Indian journal of veterinary science and animal husbandry - Volumes 26-27, 1956-1957
Year: 1956
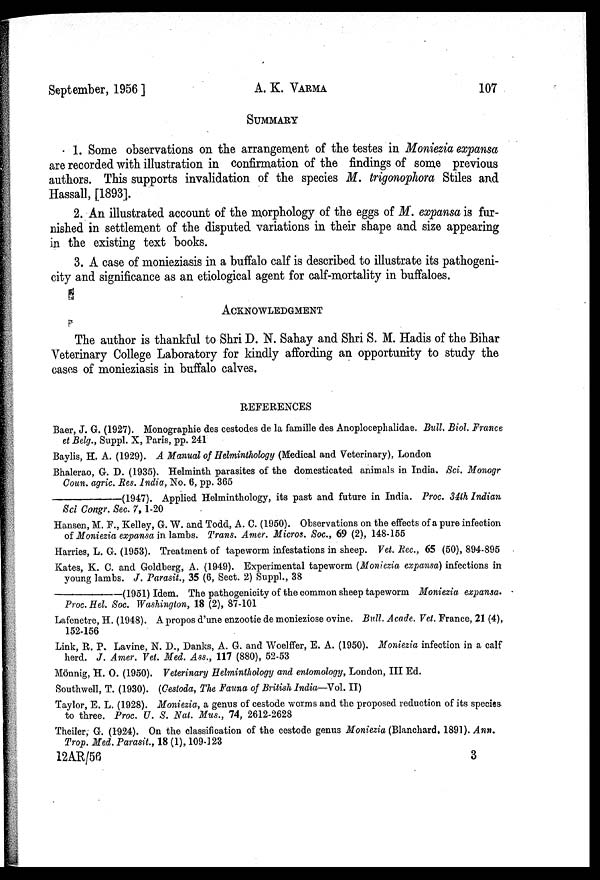
September, 1956 ]
A. K.
VARMA
107
SUMMARY
1. Some observations on the arrangement of the testes in Moniezia expansa
are recorded with illustration in confirmation of the findings of some previous
authors. This supports invalidation of the species M. trigonophora Stiles and
Hassall, [1893].
2. An illustrated account of the morphology of the eggs of M. expansa is fur-
nished in settlement of the disputed variations in their shape and size appearing
in the existing text books.
3. A case of monieziasis in a buffalo calf is described to illustrate its pathogeni-
city and significance as an etiological agent for calf-mortality in buffaloes.
ACKNOWLEDGMENT
The author is thankful to Shri D. N. Sahay and Shri S. M. Hadis of the Bihar
Veterinary College Laboratory for kindly affording an opportunity to study the
cases of monieziasis in buffalo calves.
REFERENCES
Baer, J. G. (1927). Monographie des cestodes de la famille des Anoplocephalidae. Bull. Biol. France
et Belg., Suppl. X, Paris, pp. 241
Baylis, H. A. (1929). A Manual of Helminthology (Medical and Veterinary), London
Bhalerao, G. D. (1935). Helminth parasites of the domesticated animals in India. Sci. Monogr
Coun. agric. Res. India, No. 6, pp. 365
—(1947). Applied Helminthology, its past and future in India. Proc. 34th Indian
Sci Congr. Sec. 7, 1-20
Hansen, M. F., Kelley, G. W. and Todd, A. C. (1950). Observations on the effects of a pure infection
of Moniezia expansa in lambs. Trans. Amer. Micros. Soc., 69 (2), 148-155
Harries, L. G. (1953). Treatment of tapeworm infestations in sheep. Vet. Rec., 65 (50), 894-895
Kates, K. C. and Goldberg, A. (1949). Experimental tapeworm (Moniezia expansa) infections in
young lambs. J. Parasit., 35 (6, Sect. 2) Suppl., 38
—(1951) Idem. The pathogenicity of the common sheep tapeworm Moniezia expansa.
Proc. Hel. Soc. Washington, 18 (2), 87-101
Lafenetre, H. (1948). A propos d'une enzootie de monieziose ovine. Bull. Acade. Vet. France, 21 (4),
152-156
Link, R. P. Lavine, N. D., Danks, A. G. and Woelffer, E. A. (1950). Moniezia infection in a calf
herd. J. Amer. Vet. Med. Ass., 117 (880), 52-53
Mönnig, H. O. (1950). Veterinary Helminthology and entomology, London, III Ed.
Southwell, T. (1930). (Cestoda, The Fauna of British India—Vol. II)
Taylor, E. L. (1928). Moniezia, a genus of cestode worms and the proposed reduction of its species
to three. Proc. U. S. Nat. Mus., 74, 2612-2628
Theiler, G. (1924). On the classification of the cestode genus Moniezia (Blanchard. 1891). Ann.
Trop. Med. Parasit., 18 (1), 109-123
12AR/56
3